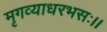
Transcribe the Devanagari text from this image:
मृगव्याधरभसः।।